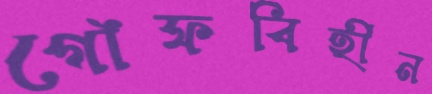
গোঁফবিহীন